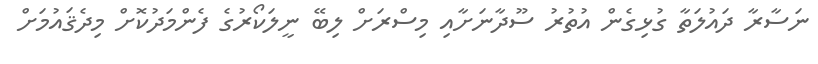
ނަސާރާ ދައުލަތާ ގުޅިގެން އުތުރު ސޫދާނަށާއި މިސްރަށް ލިބޭ ނީލަކޯރުގެ ފެންމަދުކޮށް މިދެޤައުމަށް